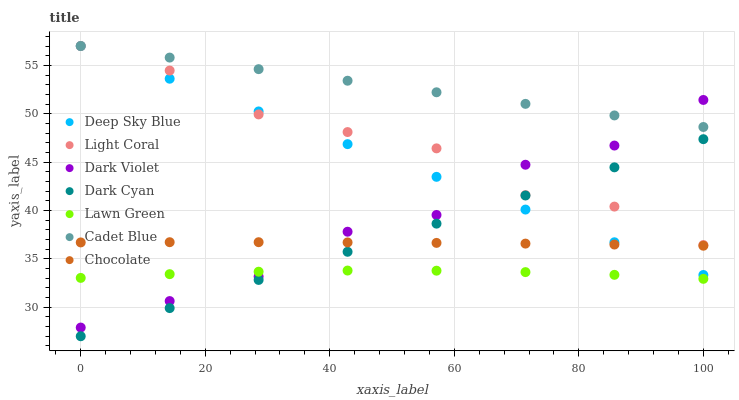
| xaxis_label | Deep Sky Blue | Light Coral | Dark Violet | Dark Cyan | Lawn Green | Cadet Blue | Chocolate |
 | --- | --- | --- | --- | --- | --- | --- | --- |
 | 0 | 57 | 57 | 27.9 | 27 | 33 | 57 | 36.7 |
 | 14.3 | 53.6 | 54.5 | 30.6 | 29.9 | 33.4 | 55.8 | 36.7 |
 | 28.6 | 50.2 | 49.9 | 33.2 | 32.8 | 33.7 | 54.6 | 36.7 |
 | 42.9 | 46.9 | 48.1 | 37.8 | 35.7 | 33.8 | 53.4 | 36.7 |
 | 57.1 | 43.5 | 46.4 | 39.5 | 38.6 | 33.8 | 52.2 | 36.7 |
 | 71.4 | 40.1 | 41.6 | 44.7 | 41.6 | 33.6 | 51 | 36.6 |
 | 85.7 | 36.7 | 40.4 | 46.7 | 44.5 | 33.3 | 49.8 | 36.5 |
 | 100 | 33.3 | 36.4 | 51.4 | 47.4 | 32.9 | 48.6 | 36.4 |